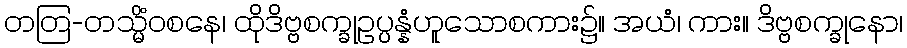
တတြ-တသ္မိံဝစနေ၊ ထိုဒိဗ္ဗစက္ခုဥပ္ပန္နံဟူသောစကား၌။ အယံ၊ ကား။ ဒိဗ္ဗစက္ခုနော၊